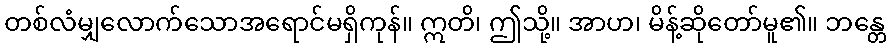
တစ်လံမျှလောက်သောအရောင်မရှိကုန်။ ဣတိ၊ ဤသို့။ အာဟ၊ မိန့်ဆိုတော်မူ၏။ ဘန္တေ